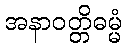
အနာဝတ္တိဓမ္မံ